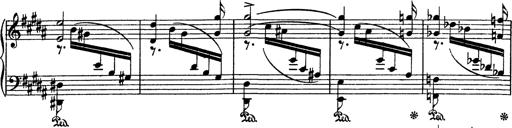
Title: AnnÃ©es de pÃ¨lerinage I
Composer: Franz Liszt